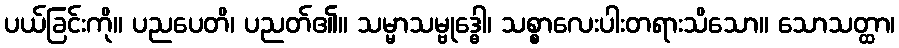
ပယ်ခြင်းကို။ ပညပေတိ၊ ပညတ်၏။ သမ္မာသမ္ဗုဒ္ဓေါ၊ သစ္စာလေးပါးတရားသိသော။ သောသတ္ထာ၊